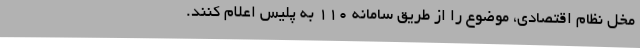
مخل نظام اقتصادی، موضوع را از طریق سامانه 110 به پلیس اعلام کنند.